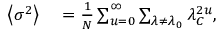
\begin{array} { r l } { \left\langle \sigma ^ { 2 } \right\rangle } & { { } = \frac { 1 } { N } \sum _ { u = 0 } ^ { \infty } \sum _ { \lambda \neq \lambda _ { 0 } } { \lambda _ { C } ^ { 2 u } } , } \end{array}